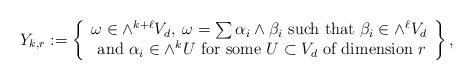
LaTeX: \begin{align*}Y_{k,r}:=\left\{\begin{array}{cc}\omega \in \wedge^{k+\ell} V_d, \; \omega=\sum \alpha_i \wedge \beta_i \mbox{ such that } \beta_i \in \wedge^\ell V_d\\ \mbox{ and } \alpha_i \in \wedge^k U \mbox{ for some } U \subset V_d \mbox{ of dimension } r\end{array} \right\},\end{align*}